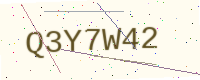
Text: Q3Y7W42